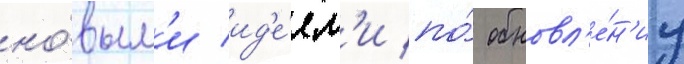
но́вым'и ид'е́ям'и по́ обновл'е́н'иу